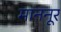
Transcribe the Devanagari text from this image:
माननूर